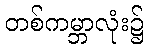
တစ်ကမ္ဘာလုံး၌